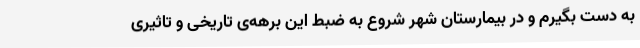
به دست بگیرم و در بیمارستان شهر شروع به ضبط این برهه‌ی تاریخی و تاثیری